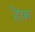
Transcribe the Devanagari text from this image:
हैफ़